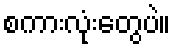
စကားလုံးတွေပဲ။